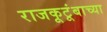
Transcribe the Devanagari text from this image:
राजकूटूंबाच्या